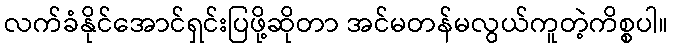
လက်ခံနိုင်အောင်ရှင်းပြဖို့ဆိုတာ အင်မတန်မလွယ်ကူတဲ့ကိစ္စပါ။